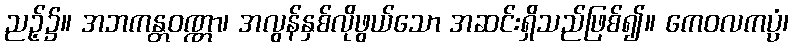
ညဉ့်၌။ အဘကန္တဝဏ္ဏာ၊ အလွန်နှစ်လိုဖွယ်သော အဆင်းရှိသည်ဖြစ်၍။ ကေဝလကပ္ပံ၊